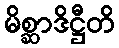
မိစ္ဆာဒိဋ္ဌီတိ